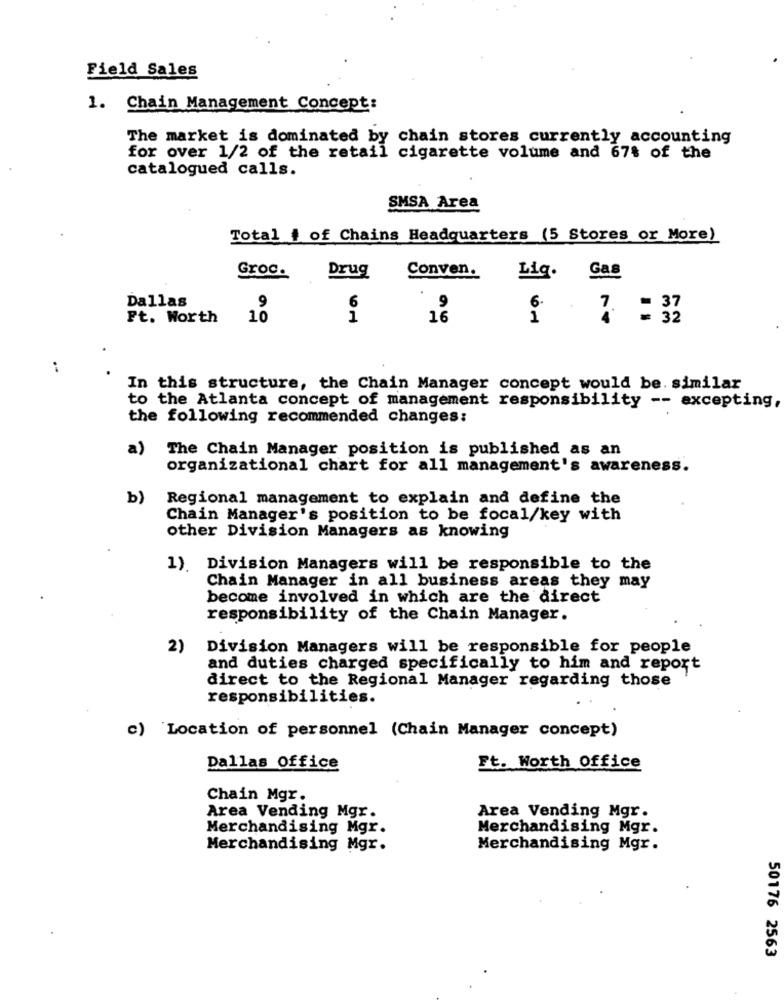
Field Sales
1. Chain Management Concept:
The market is dominated by chain stores currently accounting
for over 1/2 of the retail cigarette volume and 67$ of the
catalogued calls.
SMSA Area
Total # of Chains Headquarters (5 Stores or More)
Gas
Groc.
Drug
Conven.
Lig.
Dallas
9
6
6.
Ft. Worth
10
1
1
7. = 32
10
:
In this structure, the Chain Manager concept would be. similar
to the Atlanta concept of management responsibility -- excepting,
the following recommended changes:
a)
The Chain Manager position is published as an
organizational chart for all management's awareness.
b)
Regional management to explain and define the
Chain Manager's position to be focal/key with
other Division Managers as knowing
1). Division Managers will be responsible to the
Chain Manager in all business areas they may
become involved in which are the direct
responsibility of the Chain Manager.
2)
Division Managers will be responsible for people
and duties charged specifically to him and report
direct to the Regional Manager regarding those
responsibilities.
c) Location of personnel (Chain Manager concept)
Dallas Office
Ft. Worth Office
Chain Mgr.
Area Vending Mgr.
Area Vending Mgr.
Merchandising Mgr.
Merchandising Mgr.
Merchandising Mgr.
Merchandising Mgr.
50176 2563